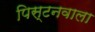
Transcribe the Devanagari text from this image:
पिस्टनवाला